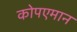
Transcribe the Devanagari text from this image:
कोपएमान